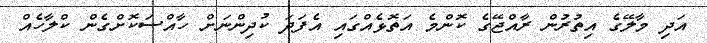
އަދި މާލޭގެ އިތުރުން ރާއްޖޭގެ ކޮންމެ އަތޮޅެއްގައި އެފަދަ ކުދިންނަށް ހާއްސަކޮށްގެން ކްލާހެއް